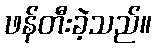
ဖန်တီးခဲ့သည်။